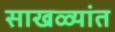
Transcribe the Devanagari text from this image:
साखळ्यांत